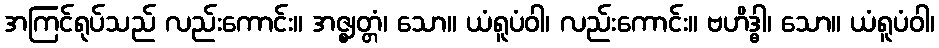
အကြင်ရုပ်သည် လည်းကောင်း။ အဇ္ဈတ္တံ၊ သော။ ယံရူပံဝါ၊ လည်းကောင်း။ ဗဟိဒ္ဓါ၊ သော။ ယံရူပံဝါ၊